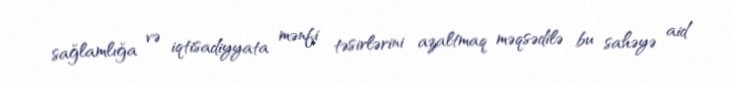
sağlamlığa və iqtisadiyyata mənfi təsirlərini azaltmaq məqsədilə bu sahəyə aid